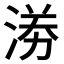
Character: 𭰼